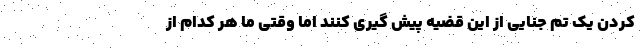
کردن یک تم جنایی از این قضیه پیش گیری کنند اما وقتی ما هر کدام از